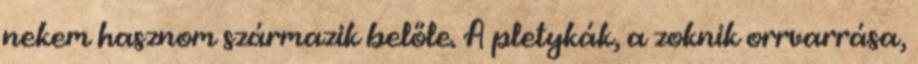
nekem hasznom származik belőle. A pletykák, a zoknik orrvarrása,